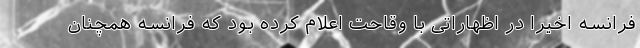
فرانسه اخیراً در اظهاراتی با وقاحت اعلام کرده بود که فرانسه همچنان